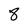
Character: 8